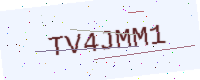
Text: TV4JMM1